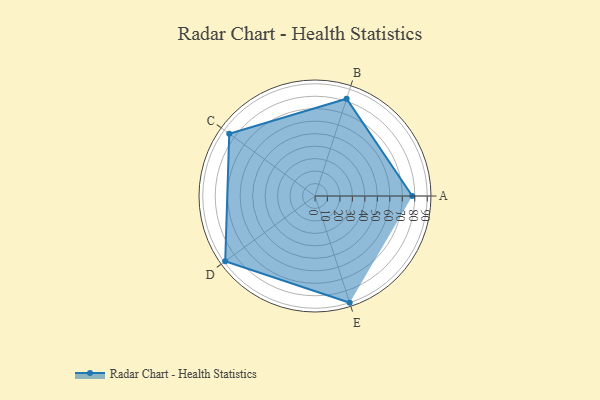
{"axis": {"x": "Skill", "y": "Score"}, "legend": ["Profile"], "data": [{"x": "A", "y": 78.0, "type": "Profile"}, {"x": "B", "y": 82.0, "type": "Profile"}, {"x": "C", "y": 85.0, "type": "Profile"}, {"x": "D", "y": 89.0, "type": "Profile"}, {"x": "E", "y": 90.0, "type": "Profile"}]}